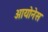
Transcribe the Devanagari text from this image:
आयोनेस